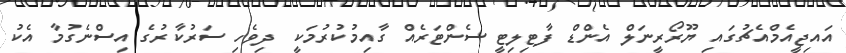
އައިޖީއެމްއެޗުގައި ޔޫރޯރީނަލް އެންޑް ފާޓިލިޓީ ސެންޓަރެއް ގާއިމުކުރުމަކީ ދިވެހި ސަރުކާރުގެ އިސްނެގުމާ އެކު